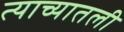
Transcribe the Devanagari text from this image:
त्याच्यातली